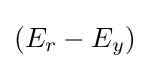
(E_{r}-E_{y})